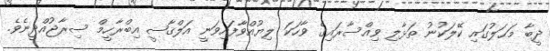
ދީބާ މަޙަލުގައި ކޭލަކުނު ތަޅާލި ވިއްސާރައިގެ ވާހަކަ ލިޔުއްވާފައިވަނީ އަލްޤާޟީ އިބްރާހީމް ސިރާޖުއްދީނެވެ.